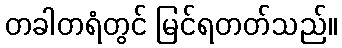
တခါတရံတွင် မြင်ရတတ်သည်။